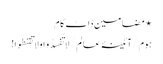
⋆ مضامین ڈاٹ کام
ہوم/آئینۂ عالم/لا تُفسِدُو ا وَلا تَقنطوا!